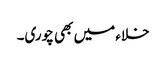
خلاء میں بھی چوری۔